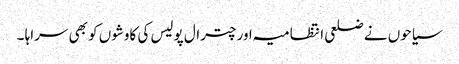
سیاحوں نے ضلعی انتظامیہ اور چترال پولیس کی کاوشوں کو بھی سراہا ۔